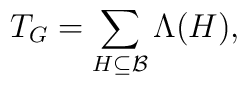
T_{G}=\sum_{H\subseteq \mathcal{B}}\Lambda (H),